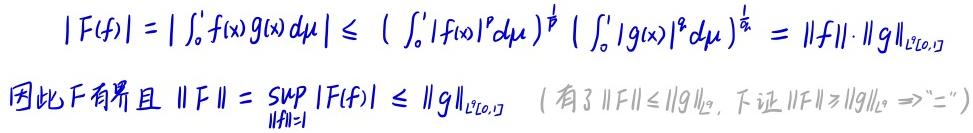
\[ |F(f)| = \left|\int_{0}^{1} f(x) g(x) d\mu\right| \leq \left(\int_{0}^{1} |f(x)|^{p} d\mu\right)^{\frac{1}{p}} \left(\int_{0}^{1} |g(x)|^{q} d\mu\right)^{\frac{1}{q}} = \|f\| \cdot \|g\|_{L^{q}[0,1]} \]
因此\(F\)有界且 \(\|F\| = \sup_{\|f\| = 1} |F(f)| \leq \|g\|_{L^{q}[0,1]}\) （有了 \(\|F\| \leq \|g\|_{L^{q}}\)，下证 \(\|F\| \geq \|g\|_{L^{q}} \Rightarrow "="\)）